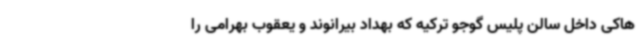
هاکی داخل سالن پلیس گوجو ترکیه که بهداد بیرانوند و یعقوب بهرامی را